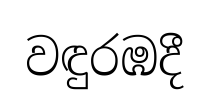
වඳුරඹදී